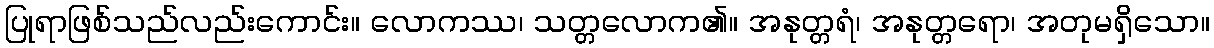
ပြုရာဖြစ်သည်လည်းကောင်း။ လောကဿ၊ သတ္တလောက၏။ အနုတ္တရံ၊ အနုတ္တရော၊ အတုမရှိသော။